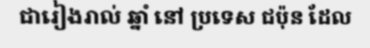
ជារៀងរាល់ ឆ្នាំ នៅ ប្រទេស ជប៉ុន ដែល